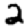
Digit: 2